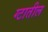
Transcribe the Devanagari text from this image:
ग्टातील